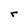
Character: r